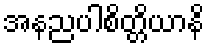
အနညပါစိတ္တိယာနိ